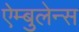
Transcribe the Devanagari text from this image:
ऐम्बुलेन्स